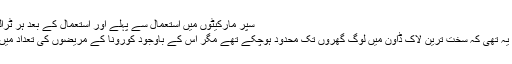
سپر مارکیٹوں میں استعمال سے پہلے اور استعمال کے بعد ہر ٹرالی پر اسپرے کیا جاتا
لیکن حیرانی کی بات یہ تھی کہ سخت ترین لاک ڈاؤن میں لوگ گھروں تک محدود ہوچکے تھے مگر اس کے باوجود کورونا کے مریضوں کی تعداد میں اضافہ ہی ہو رہا تھا۔